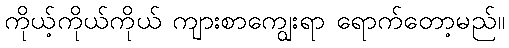
ကိုယ့်ကိုယ်ကိုယ် ကျားစာကျွေးရာ ရောက်တော့မည်။